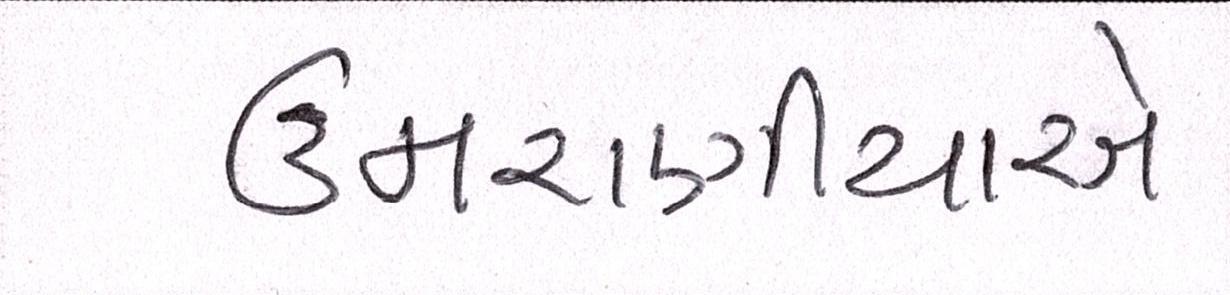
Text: ઉમરાણીયાએ